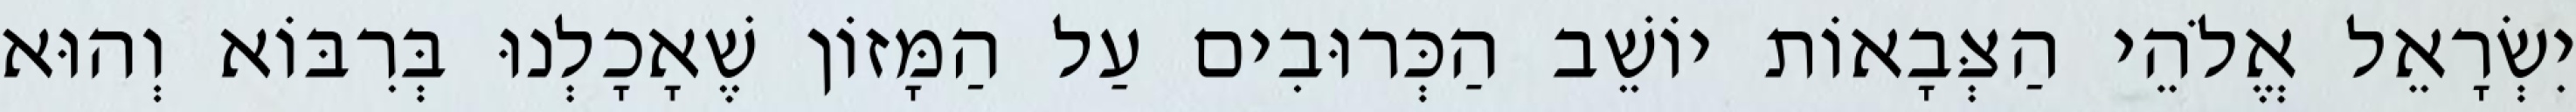
יִשְׂרָאֵל אֱלֹהֵי הַצְּבָאוֹת יוֹשֵׁב הַכְּרוּבִים עַל הַמָּזוֹן שֶׁאָכָלְנוּ בְּרִבּוֹא וְהוּא